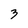
Character: 3